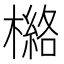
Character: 𰘯